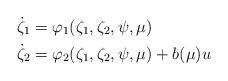
LaTeX: \begin{align*}\dot{\zeta}_{1}&=\varphi_{1}(\zeta_{1},\zeta_{2},\psi,\mu)\\\dot{\zeta}_{2}&=\varphi_{2}(\zeta_{1},\zeta_{2},\psi,\mu)+b(\mu)u\\\end{align*}